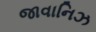
જાવાનિઝ